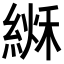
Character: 𦂏